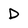
Character: D